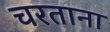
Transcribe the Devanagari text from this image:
चरताना